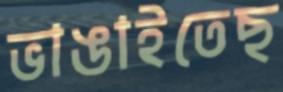
ভাঙাইতেছ